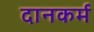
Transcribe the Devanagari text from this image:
दानकर्म